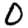
Digit: 0